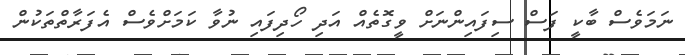
ނަމަވެސް ބާކީ ފަސް ސިފައިންނަށް ވީގޮތެއް އަދި ހޯދިފައި ނުވާ ކަމަށްވެސް އެފަރާތްތަކުން